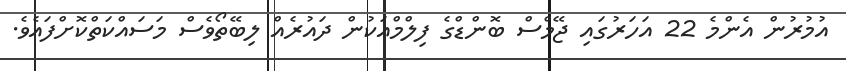
އުމުރުން އެންމެ 22 އަހަރުގައި ޖޭމްސް ބޮންޑްގެ ފިލްމްއަކުން ދައުރެއް ލިބޭތޯވެސް މަސައްކަތްކޮށްފައެވެ.